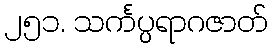
၂၅၁. သင်္ကပ္ပရာဂဇာတ်